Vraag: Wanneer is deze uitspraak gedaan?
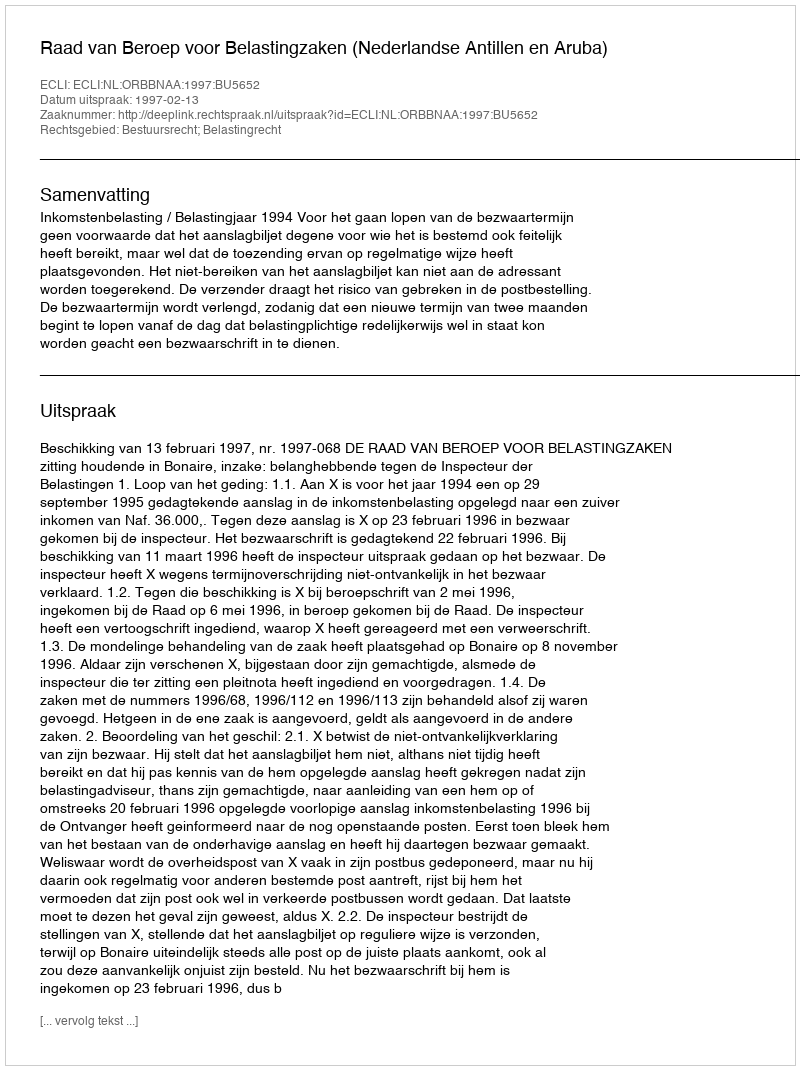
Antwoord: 1997-02-13